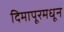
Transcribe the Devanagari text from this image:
दिमापूरमधून